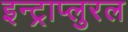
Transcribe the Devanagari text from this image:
इन्ट्राप्लुरल